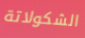
الشكولاتة